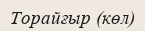
Торайғыр (көл)